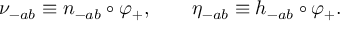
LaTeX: \nu _ { - a b } \equiv n _ { - a b } \circ \varphi _ { + } , \qquad \eta _ { - a b } \equiv h _ { - a b } \circ \varphi _ { + } .